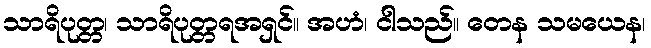
သာရိပုတ္တ၊ သာရိပုတ္တရအရှင်။ အဟံ၊ ငါသည်။ တေန သမယေန၊